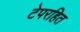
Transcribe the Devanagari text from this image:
टेपरहित